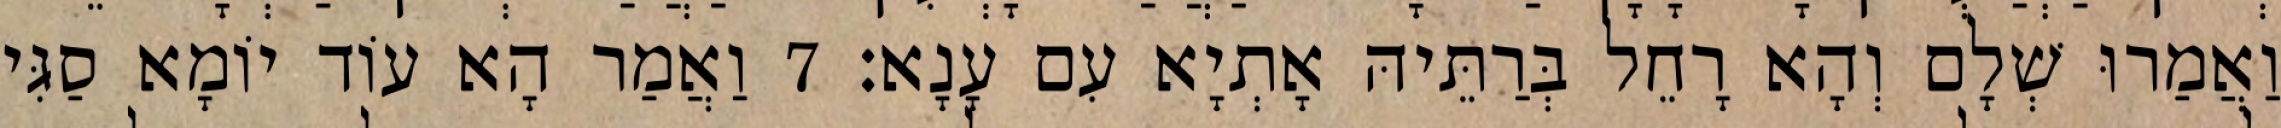
וַאֲמַרוּ שְׁלָם וְהָא רָחֵל בְּרַתֵּיהּ אָתְיָא עִם עָנָא׃ 7 וַאֲמַר הָא עוֹד יוֹמָא סַגִּי